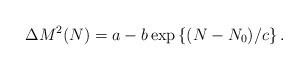
LaTeX: \begin{align*}\Delta M^2(N)=a-b\exp\left\{(N-N_0)/c\right\}.\end{align*}